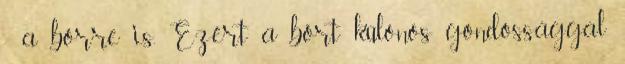
- a bőrre is. Ezért a bőrt különös gondossággal